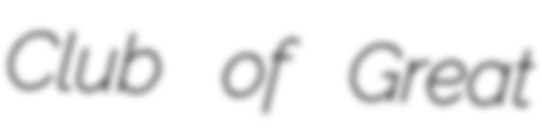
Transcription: Club of Great